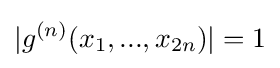
|g^{(n)}(x_{1},...,x_{2n})|=1